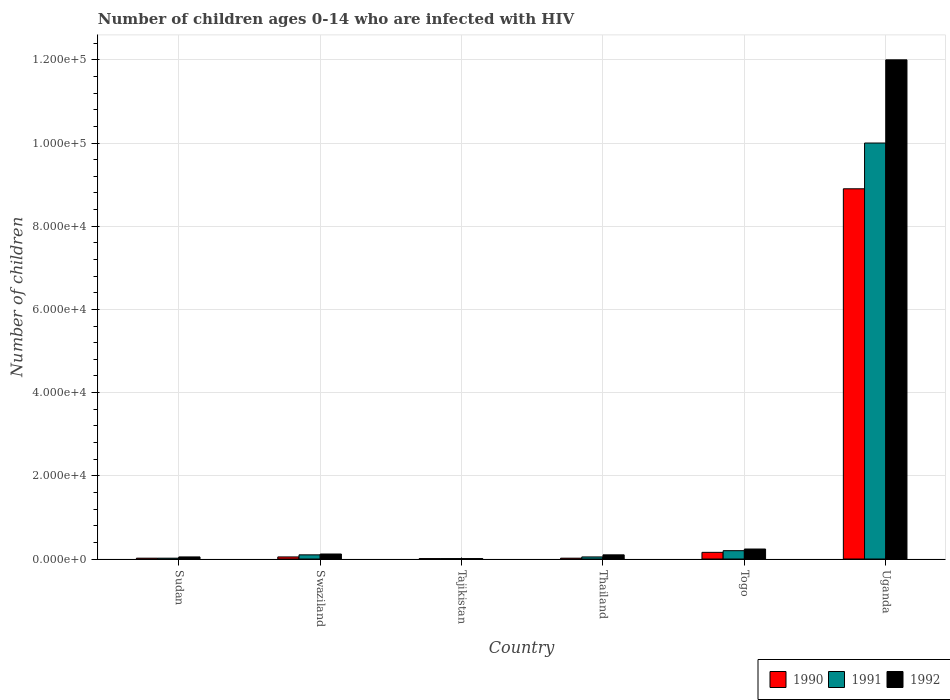
| Country | 1990 | 1991 | 1992 |
 | --- | --- | --- | --- |
 | Sudan | 200 | 200 | 500 |
 | Swaziland | 500 | 1e+03 | 1.2e+03 |
 | Tajikistan | 100 | 100 | 100 |
 | Thailand | 200 | 500 | 1e+03 |
 | Togo | 1.6e+03 | 2e+03 | 2.4e+03 |
 | Uganda | 8.9e+04 | 1e+05 | 1.2e+05 |